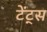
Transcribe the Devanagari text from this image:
टेंट्स